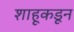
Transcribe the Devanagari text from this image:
शाहूकडून